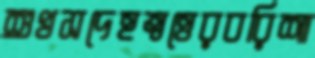
শুখসদেহত্বত্তেরবরিশা